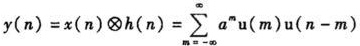
\[y(n)=x(n)\otimes h(n)=\sum_{m = -\infty}^{\infty} a^{m}u(m)u(n - m)\]